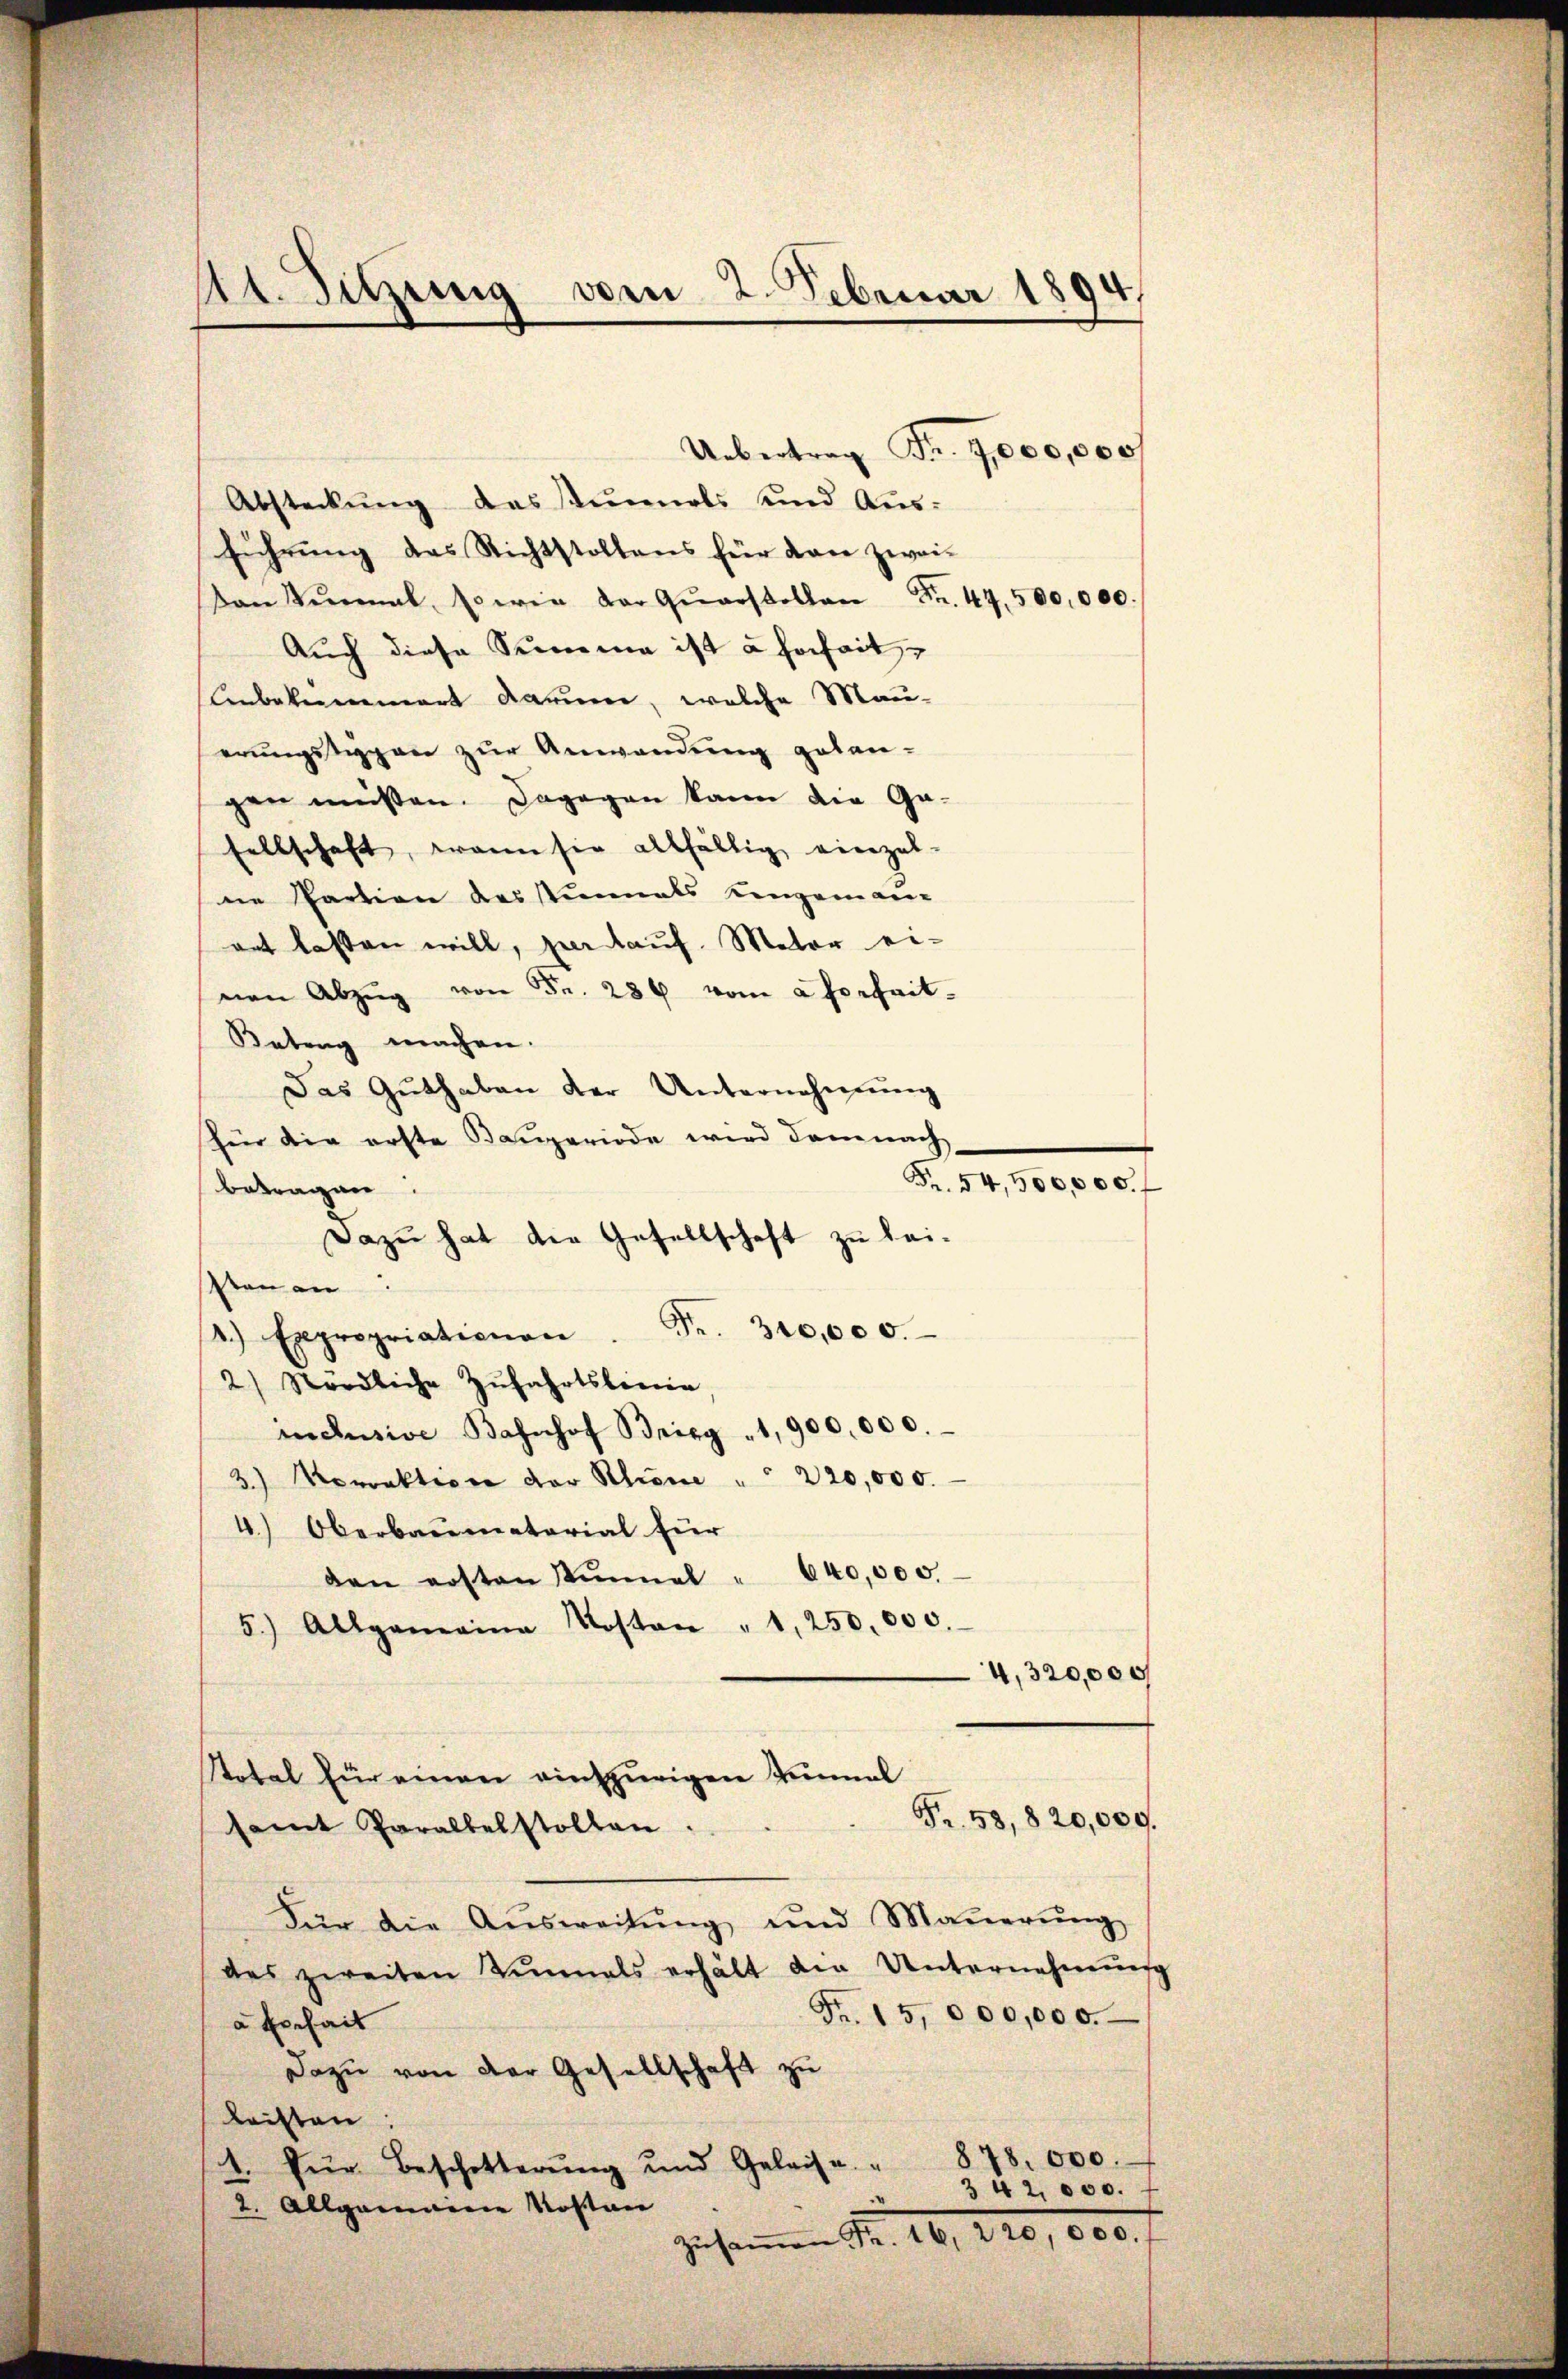
At. Sitzung vom 2. Februar 1894.

Absteckung des stummels und Ausführung des Richtstollens für dan zwei-
Dan Sinmal, so wie der Qŭarstellen Fr. 44. 500,000.
Auch diese Summe ist a hoheit,
Anbekammert darum, welche Mauerungstypen zur Anwendung gelangen müssen. Dagegen kann die Ga-
sellschaft, wenn sie allfällig einzel-
ne Partion des stimals Lengeman-
ant lassen will, per lauf. Mator ei-
nen Abzŭg von Fr. 286 vom a vorheit-
Ketung machen.
Das Guthaben der Unternehmung
für die erste Bauperiode wird demnach
betragen:
Dazu hat die Gesellschaft zu lei-
sten an
1.) Expropriationen. Fr. 310,000.
2) Nördliche Zŭfahrtslinie
inclusive Bahnhof Brieg 1900,000.
3.) Vorrektion der Kliene " " 220,000.
4.) Oberbaumaterial für
den ersten Sinnel " 640,000.
5.) Allgemeine Kosten " 1, 250,000.
4,320,000
Stotal für einen einzurigen Einnal
Fr. 58, 820,009.
samt Parallelstollen.
Für die Aŭsweisŭng und Maŭerŭng
des zweiten Einmals erhält die Unternehmŭng
Fr. 15,000,000.
a Einheit
Dazu von der Gesellschaft zu
leisten:
878.000.
1. für Beschotterung und Geleise.
342,000. f
2. Allgemeine Kostan

Uebertrag Fr. 4,000,000

Fr. 54,500,000. f

zusammen Fr. 10, 220, 1800.